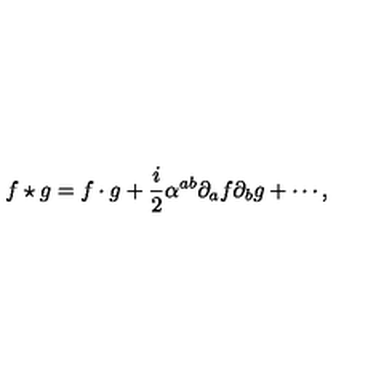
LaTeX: f \star g = f \cdot g + \frac { i } { 2 } \alpha ^ { a b } \partial _ { a } f \partial _ { b } g + \cdots ,